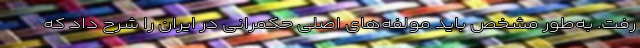
رفت. به‌طور مشخص باید مولفه‌های اصلی حکمرانی در ایران را شرح داد که